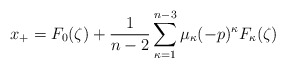
\begin{align*}x_{+}=F_{0}(\zeta)+\frac{1}{n-2} \sum_{\kappa=1}^{n-3} \mu_{\kappa}(-p)^{\kappa} F_{\kappa}(\zeta)\end{align*}